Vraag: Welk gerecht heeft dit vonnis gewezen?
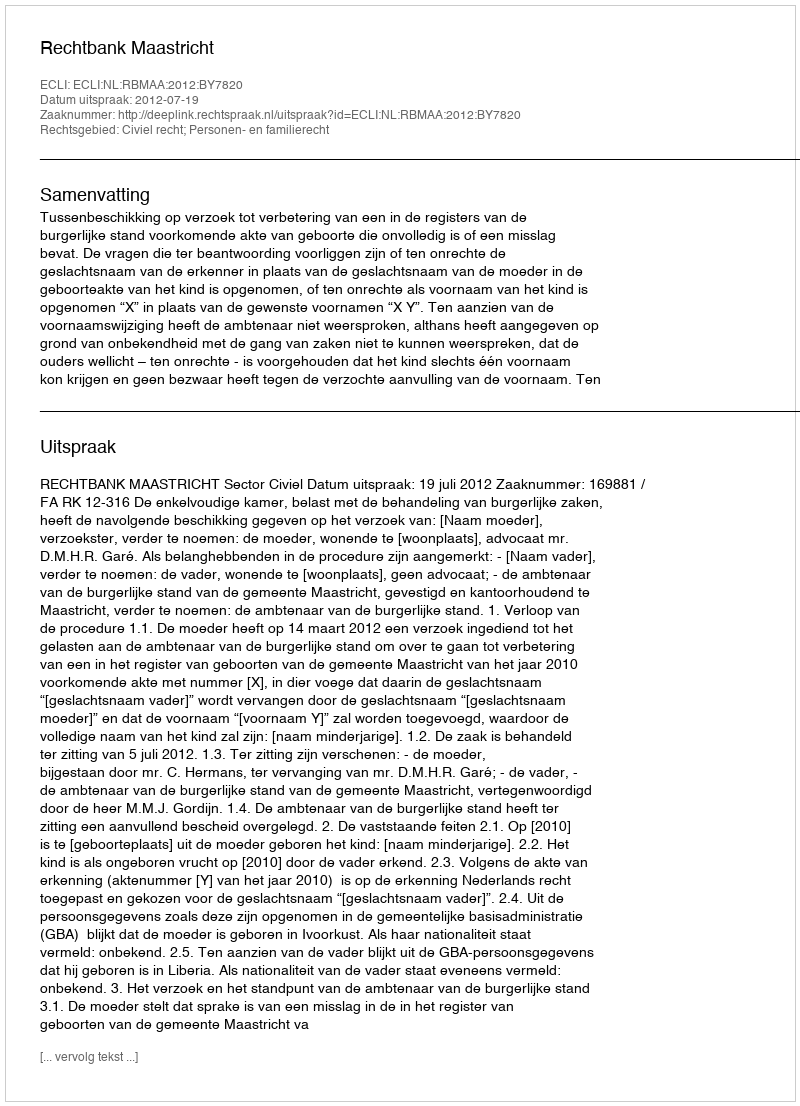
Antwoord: Rechtbank Maastricht